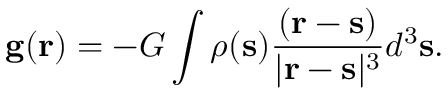
\mathbf { g } ( \mathbf { r } ) = - G \int \rho ( \mathbf { s } ) { \frac { ( \mathbf { r } - \mathbf { s } ) } { | \mathbf { r } - \mathbf { s } | ^ { 3 } } } d ^ { 3 } \mathbf { s } .